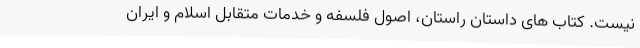
نیست. کتاب های داستان راستان، اصول فلسفه و خدمات متقابل اسلام و ایران